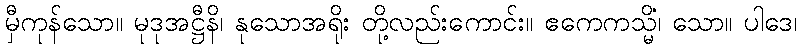
မှီကုန်သော။ မုဒုအဋ္ဌီနိ၊ နုသောအရိုး တို့လည်းကောင်း။ ဧကေကသ္မိံ၊ သော။ ပါဒေ၊